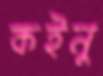
কইনু